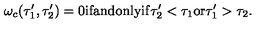
\omega _ { c } ( \tau _ { 1 } ^ { \prime } , \tau _ { 2 } ^ { \prime } ) = 0 \mathrm { i f a n d o n l y i f } \tau _ { 2 } ^ { \prime } < \tau _ { 1 } \mathrm { o r } \tau _ { 1 } ^ { \prime } > \tau _ { 2 } .